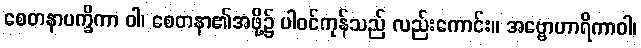
စေတနာပက္ခိကာ ဝါ၊ စေတနာ၏အဖို့၌ ပါဝင်ကုန်သည် လည်းကောင်း။ အဗ္ဗောဟာရိကာဝါ၊